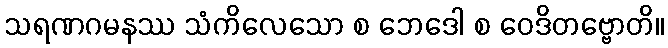
သရဏဂမနဿ သံကိလေသော စ ဘေဒေါ စ ဝေဒိတဗ္ဗောတိ။